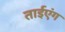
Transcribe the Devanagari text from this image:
ताईएंग